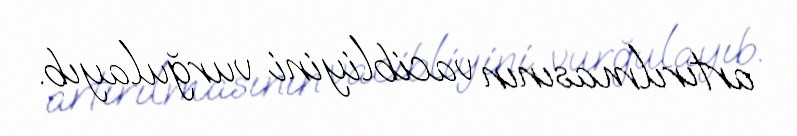
artırılmasının vacibliyini vurğulayıb.